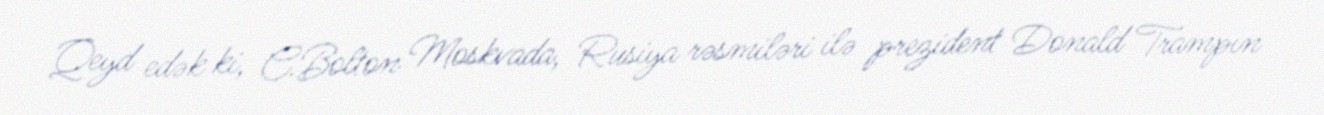
Qeyd edək ki, C.Bolton Moskvada, Rusiya rəsmiləri ilə prezident Donald Trampın